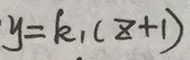
y = k _ { 1 } ( z + 1 )